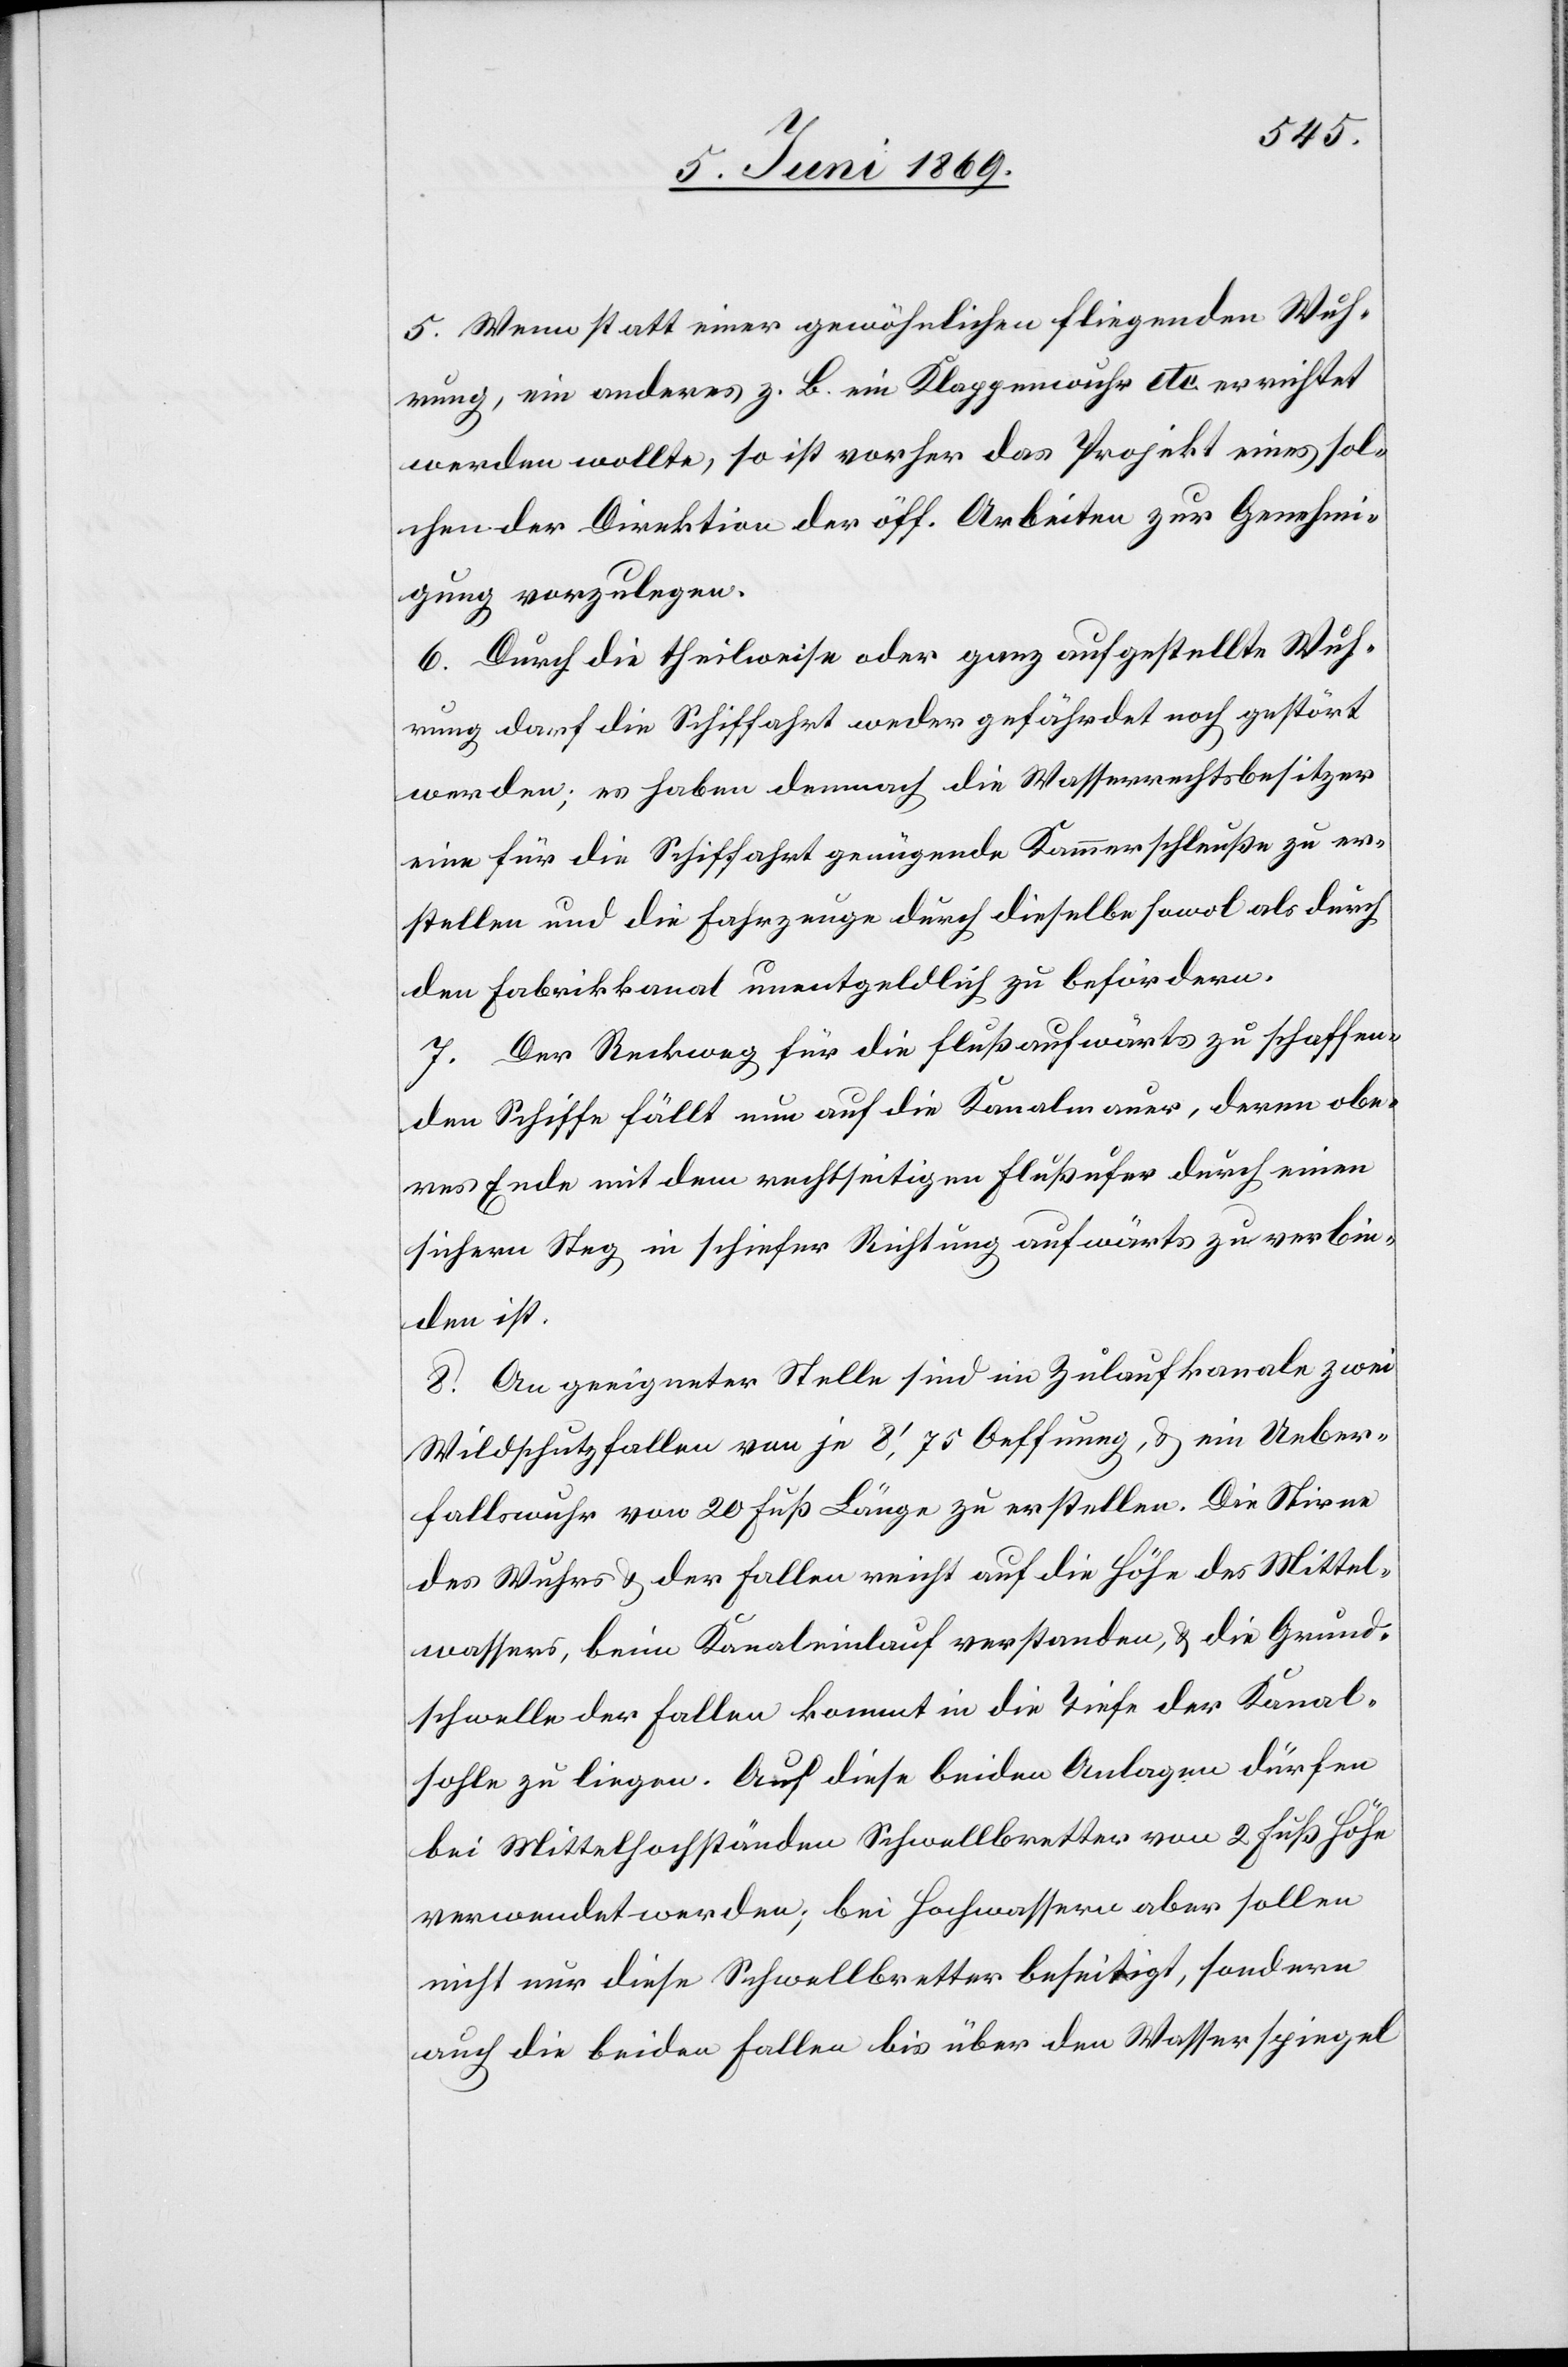
5. Wenn statt einer gewöhnlichen fliegenden Wuh¬
rung, ein anderes z. b. ein Klappenwuhr etc. errichtet
werden sollte, so ist vorher das Projekt eines sol¬
chen der Direktion der öff. Arbeiten zur Genehmi¬
gung vorzulegen.
6. Durch die theilweise oder ganz aufgestellte Wuh¬
rung darf die Schiffahrt weder gefährdet noch gestört
werden; es haben demnach die Wasserrechtsbesitzer
eine für die Schiffahrt genügende Kammerschleuße zu er¬
stellen und die Fahrzeuge durch dieselbe sowol als durch
den Fabrikkanal unentgeldlich zu befördern.
7. Der Reckweg für die flußaufwärts zu schaffen¬
den Schiffe fällt nun auf die die Kanalmauer, deren obe¬
res Ende mit dem rechtseitigen Flußufer durch einen
sichern Steg in schiefer Richtung aufwärts zu verbin¬
den ist.
8. An geeigneter Stelle sind im Zulaufkanale zwei
Wildschutzfallen von je 8’,75 Oeffnung, u. ein Ueber¬
fallswuhr von 20 Fuß Länge zu erstellen. Die Stirne
des Wuhres u. der Fallen reicht auf der Höhe des Mittel¬
wassers, beim Kanaleinlauf verstanden, u. die Grund¬
schwelle der Fallen kommt in die Tiefe der Kanal¬
sohle zu liegen. Auf diese beiden Anlagen dürfen
bei Mittelhochständen Schwellbretter von 2 Fuß Höhe
verwendet werden; bei Hochwassern aber sollen
nicht nur diese Schwellbretter beseitigt, sondern
auch die beiden Fallen bis über den Wasserspiegel